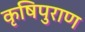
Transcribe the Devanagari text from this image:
कृषिपुराण